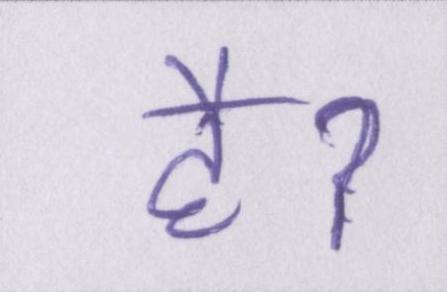
हैॽ